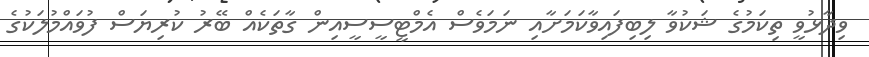
ވިދާޅުވީ ތިކަމުގެ ޝަކުވާ ލިބިފައިވާކަމަށާއި ނަމަވެސް އެމްޓީސީސީއިން ގާތަކެއް ބޭރު ކުރިޔަސް ފުވައްމުލަކުގެ